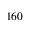
1 6 0